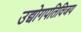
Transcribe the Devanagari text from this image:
उद्योगपतिविजय